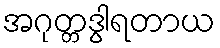
အဂုတ္တဒွါရတာယ